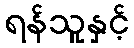
ရန်သူနှင့်